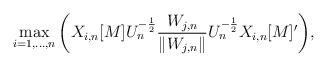
LaTeX: \begin{align*}\max_{i = 1, \hdots, n} \bigg( X_{i,n}[M] U_n^{-\frac{1}{2}} \frac{W_{j,n}}{\|W_{j,n}\|} U_n^{-\frac{1}{2}} X_{i,n}[M]' \bigg),\end{align*}